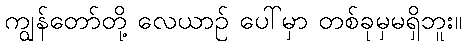
ကျွန်တော်တို့ လေယာဉ် ပေါ်မှာ တစ်ခုမှမရှိဘူး။